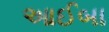
આઈબા